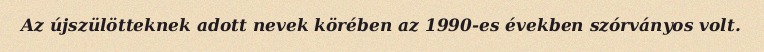
Az újszülötteknek adott nevek körében az 1990-es években szórványos volt.